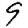
Digit: 9